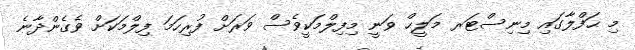
މި ޙަފްލާގައި މިނިސްޓަރ މަލީޙް ވަނީ މިފިލްމަކީވެސް ވަރަށް ފުރިހަމަ ފިލްމަކަށް ވެގެންދާނެ